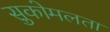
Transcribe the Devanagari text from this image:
सुकोमलता